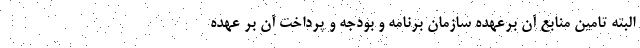
البته تامین منابع آن برعهده سازمان برنامه و بودجه و پرداخت آن بر عهده